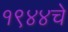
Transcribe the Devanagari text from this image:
१९४४चे